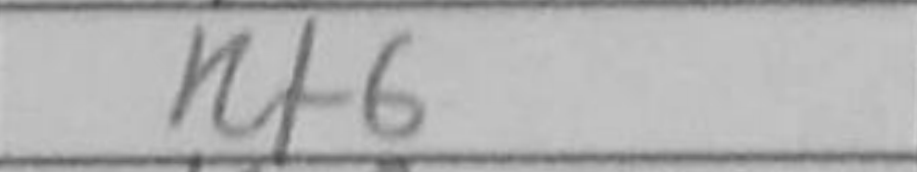
Transcription: Rf6